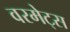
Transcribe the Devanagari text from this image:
वरमेट्स